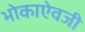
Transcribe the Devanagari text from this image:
भोकाऐवजी